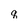
Character: q